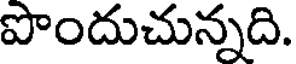
పొందుచున్నది.